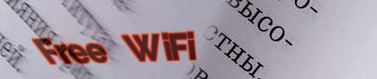
Free WiFi